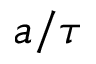
a / \tau